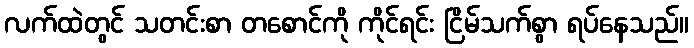
လက်ထဲတွင် သတင်းစာ တစောင်ကို ကိုင်ရင်း ငြိမ်သက်စွာ ရပ်နေသည်။